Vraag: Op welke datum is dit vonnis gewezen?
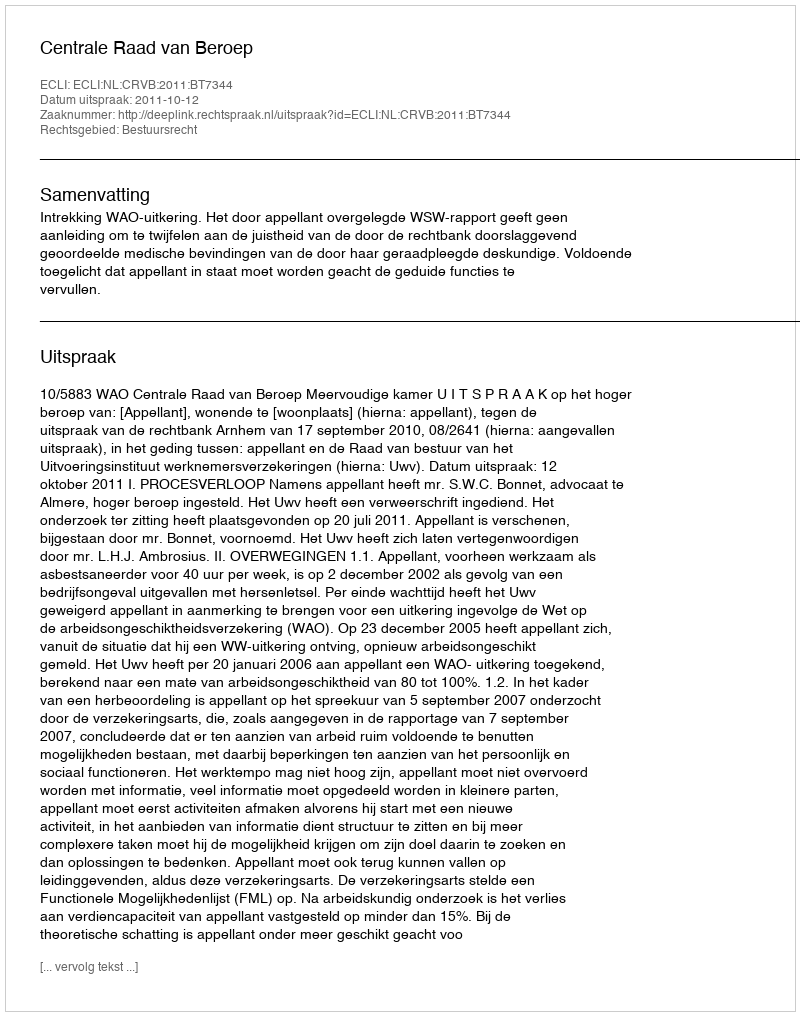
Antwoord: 2011-10-12